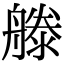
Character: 𣽨